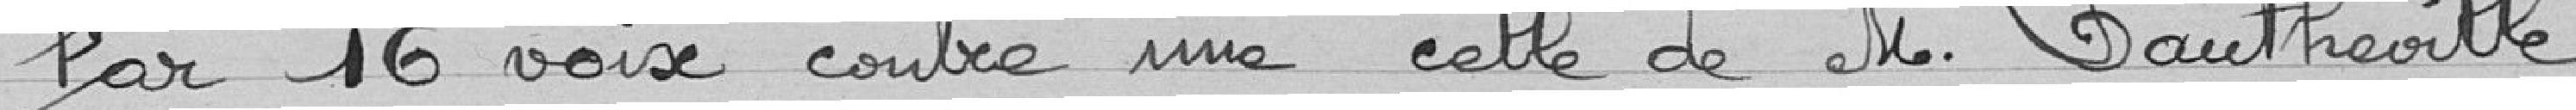
Par 16 voix contre une, celle de Monsieur Dautheville